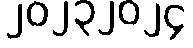
၂၀၂၃၂၀၂၄